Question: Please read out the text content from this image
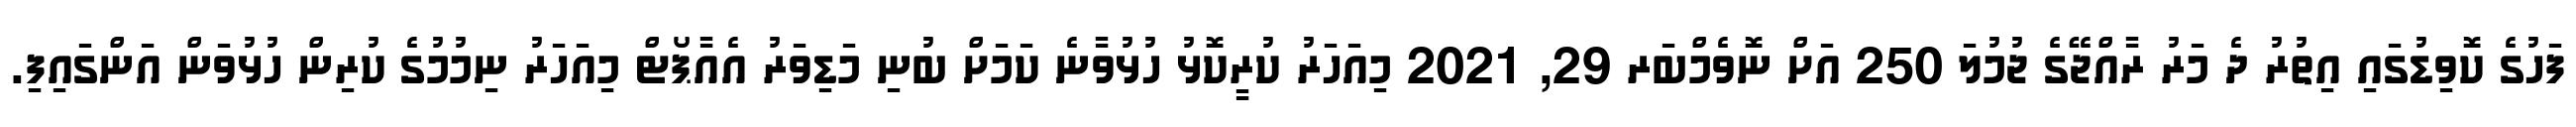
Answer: ފަހުގެ ކޮވިޑުގައި އިތުރު ދެ މަރު ރާއްޖޭގެ ޖުމުލަ 250 އަށް ނޮވެމްބަރ 29, 2021 މިއަހަރު ކުރީކޮޅު ހުޅުވާނެ ކަމަށް ބުނި މަޑިވަރު އެއާޕޯޓް މިއަހަރު ނިމުމުގެ ކުރިން ހުޅުވަން އަންގައިފި.